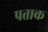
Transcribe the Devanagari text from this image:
पताक